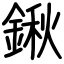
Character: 鍬